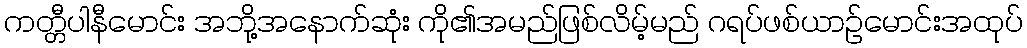
ကတ္တီပါနီမောင်း အဘို့အနောက်ဆုံး ကို၏အမည်ဖြစ်လိမ့်မည် ဂရပ်ဖစ်ယာဉ်မောင်းအထုပ်